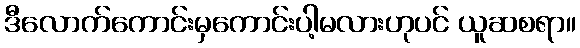
ဒီလောက်ကောင်းမှကောင်းပါ့မလားဟုပင် ယူဆစရာ။